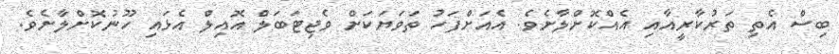
ބިސް އެތި ތަރުކާރީއާއި އެއްކޮށްލާށެވެ. އެއަށްފަހު ތަވަޔަކަށް ވެޖިޓަބަލް އޮއިލް އެޅައި ހޫނުކޮށްލާށެވެ.